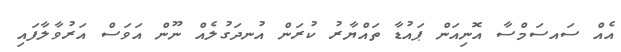
އެއް ސައސަމްސާ އޮނިއަން ޕައުޑާ ތައްޔާރު ކުރަން އުނދަގުލެއް ނޫން އަވަސް އަރުވާލާފައި